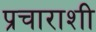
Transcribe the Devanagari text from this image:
प्रचाराशी